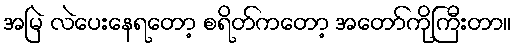
အမြဲ လဲပေးနေရတော့ စရိတ်ကတော့ အတော်ကိုကြီးတာ။